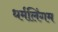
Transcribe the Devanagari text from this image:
धर्मलिंगम